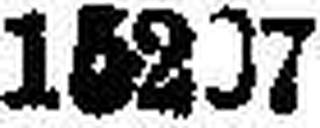
15207